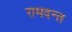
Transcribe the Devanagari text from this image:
रामदन्त